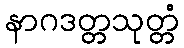
နာဂဒတ္တသုတ္တံ